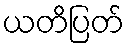
ယတိပြတ်